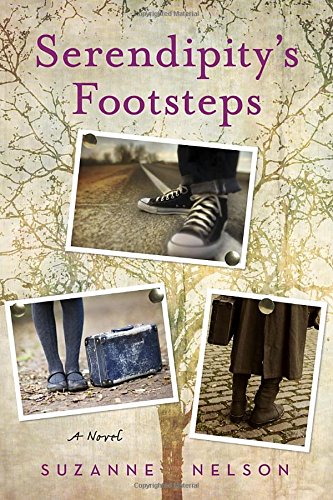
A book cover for Serendipity's Footsteps; Suzanne Nelson; Teen & Young Adult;